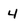
Character: 4